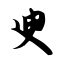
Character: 臾